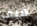
فيف